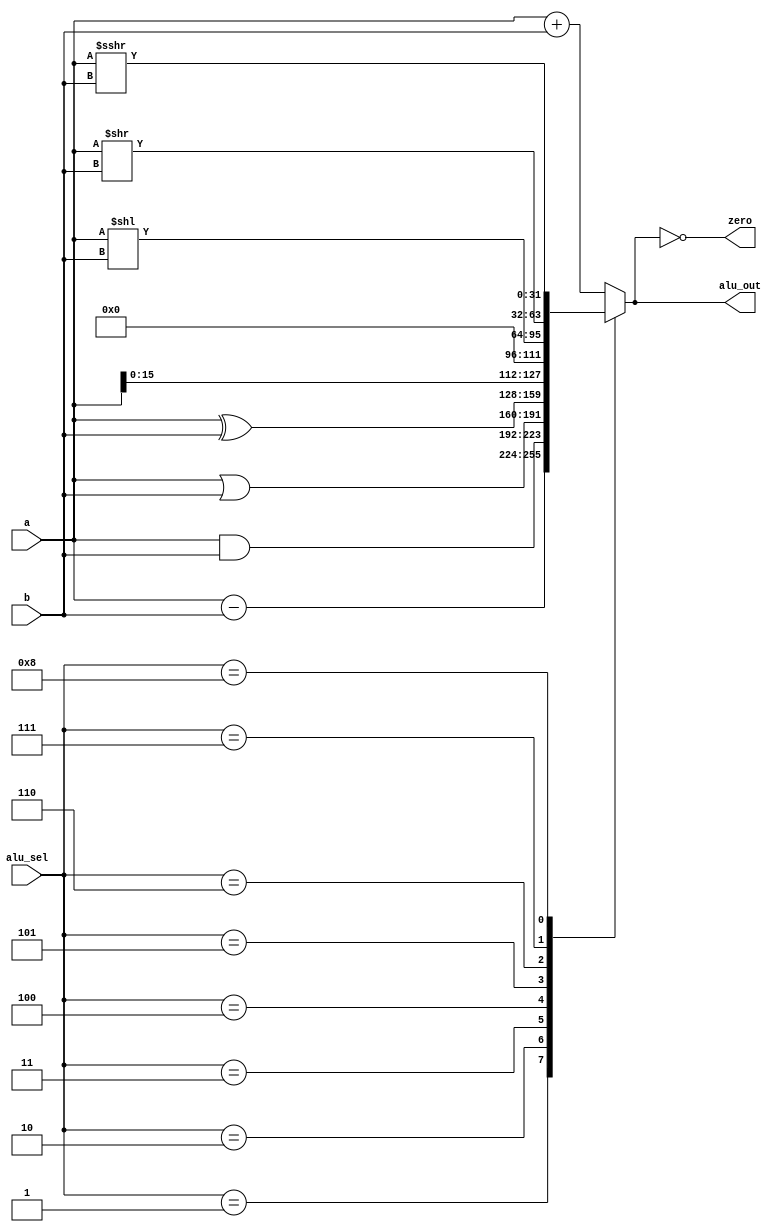
`timescale 1ns / 1ps
//////////////////////////////////////////////////////////////////////////////////
// Company: 
// Engineer: 
// 
// Design Name: 
// Module Name:    aLU 
// Project Name: 
// Target Devices: 
// Tool versions: 
// Description: 
//
// Dependencies: 
//
// Revision: 
// Revision 0.01 - File Created
// additional Comments: 
//	alu_sel:
//	add 0000
// sub 0001
// and 0010
// or 0011
// xor 0100
// lui 0101
// sll 0110
// srl 0111
// sra 1000
//
//
//////////////////////////////////////////////////////////////////////////////////

module ALU(
    input [31:0] a,
    input [31:0] b,
    input [3:0] alu_sel,
    output [31:0] alu_out,
    output zero
    );
	 reg [31:0] alu_res;
	 wire signed [31:0] signed_a;
	 assign signed_a = a;
	 assign alu_out = alu_res;
	 assign zero = alu_res == 31'b0;
	 integer tmp, i;
	always @(*)
		 begin
			  case(alu_sel)
			  4'b0000: // add
				  alu_res = a + b ; 
			  4'b0001: // sub
				  alu_res = a - b ;
			  4'b0010: // and
				  alu_res = a & b;
			  4'b0011: // or
				  alu_res = a | b;
			  4'b0100: // xor
				  alu_res = a ^ b;
				4'b0101: // lui ???
				  alu_res = a<<16;
				4'b0110: // sll
				  alu_res = a<<b;
				4'b0111: // srl
				  alu_res = a>>b;
				 4'b1000: // sra
					alu_res = a>>>b;
				 default: alu_res = a + b ; 
			  endcase
		 end
endmodule